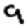
Digit: 9